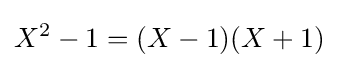
X^{2}-1=(X-1)(X+1)